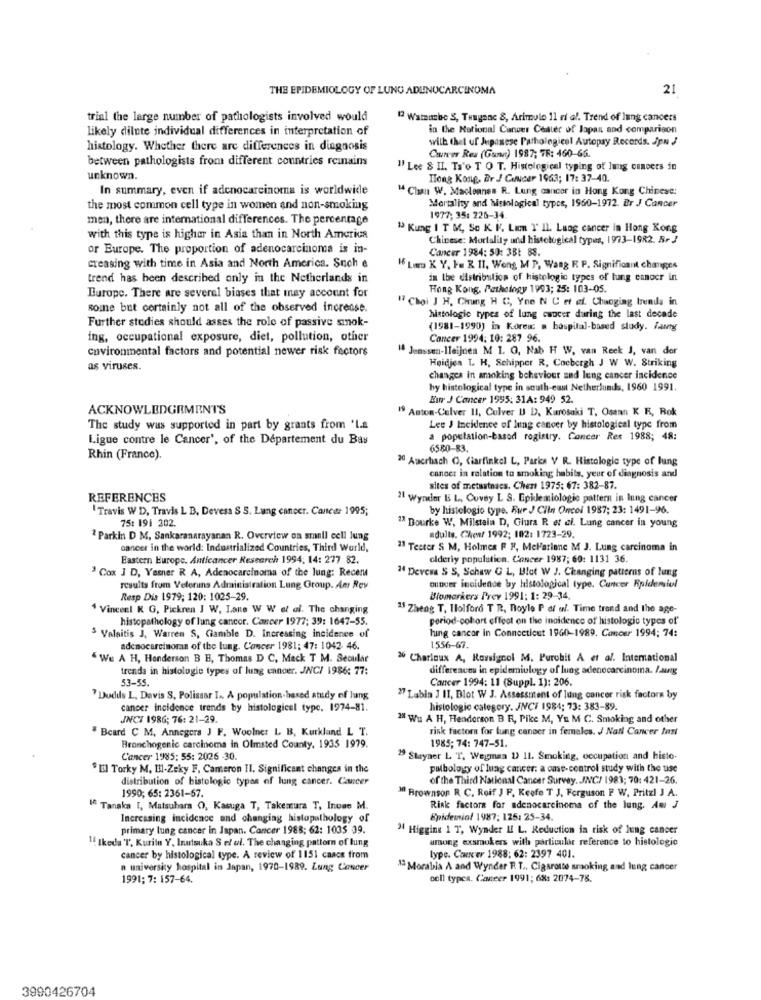
THE EPIDEMIOLOGY OF LUNG ADENOCARCINOMA
21
trial the large number of pathologists involved would
" Watsushe S, THaganc 8, Arimulo 11 ei af. Trend of lung cancers
likely dilute individual differences in interpretation of
in the National Cancer Center of Japan and comparison
with that uf Japanese Pathological Autopay Records. Jpn J
histology. Whether there are differences in diagnosis
between pathologists from different countries remains
Carver Res (Gummi) 1987; TR: 460-66.
" Lee 8 II. Ts'o T O T. Histological typing of lung canoets in
unknown.
Hong Kong. Br J Concer 1963; 17: 37-40.
In summary, even if adenocarcinoma is worldwide
" Chan W. Maclennes R. Lung cancer in Hong Kong Chinese:
Mortality and histological types, 1960-1972. Br J Cancer
the most common cell type in women and non-smoking
men, there are international differences. The percentage
1977; 35: 226-34.
" Kung I T M, So K. I. Lam I' Il. Lung cancer in Hong Kong
with this type is higher in Asia than in North America
Chinese: Mortality und histological types, 1973-1982. R. J
or Europe. The proportion of adenocarcinoma is in-
Cancer 1984: 50: 3B1 88.
creasing with time in Asia and North America. Such e
16 La K Y. I. R II. Weng M P, Wang R P. Significant changes
trend has been described only in the Netherlands in
in the distribution of histologic types of tung esnocr in
Hong Kong, Pathology 1993; 25: 103-05.
Europe. There are several biases that may account for
" Choi J H. Chung H C, Yno N C et ef. Changing trends in
some but certainly not all of the observed increase.
Further studies should asses the role of passive smok-
histologic types of lung cancer during the last decade
(1981-1990) in Korea: @ bospital-based study. Fanty
ing, occupational exposure, diet, pollution, other
Cancer 1994: 10: 287 96.
covironmental factors and potential newer risk factors
14 Jenssen-1Teijnes M 1. O, Nab H W, van Reek J, van der
Heidjen L H, Schipper R, Cocbergh J W W. Striking
as viruses.
changes in smoking behaviour and lung cancer incidence
hy histological type in south-east Netherlands, 1960 1991.
Eur J Concer 1995: 31A: 949 52.
ACKNOWLEDGEMENTS
19 Anton-Culver II, Culver U D. Kurosaki T, Osann K R, Rok
The study was supported in part by grants from 'L.a
Lee J Incidence of lung cancer by histological type from
Ligue contre le Cancer', of the Département du Bas
a population-based rogistry. Concer Res 1988; 48:
6580-83.
Rhin (France).
30 Auerbach O, Ciarfinkel L, Parks V R. Histologie type of lung
cancer in ralation to smoking habits, yeur of diagnosis and
sites of metastnaes. Chess 1975: 67: 382-87.
REFERENCES
21 Wynder B L, Covey L S. Epklemiologic pattern in lung cancer
"Travis W D, Travis L B, Devesa S S. Lung cancer. Caned: 1995;
by histologio type. Eur J Ciln Oncol 1987; 23: 1491-96.
75: 191 202.
3ª Bourke W, Milstein D, Giura R et al. Lung cancer in young
2 Parkin D M. Sankaranarayanan R. Overview on small cell lung
adults. Chent 1992; 102: 1723-29.
cancer in the world: Industrialized Countries, Third World,
13 Tester S M, Holmes F F, Mel'ariane M J. Lung carcinoma in
Eastern Europe. Anticancer Research 1994; 14: 277 82.
elderly population. Concer 1987; 60: 1131 36.
" Devesa S S, Schaw G L, Blot W J. Changing patterns of lung
' Cox J D, Wasner R A, Adenocarcinoma of the lung: Recer
results from Veterans Administration Lung Group. Am Rev
onover incidence by histological type. Cancer Epidemiol
Resp Dis 1979; 120: 1025-29.
Biomarkers Prev 1991: 1: 29-34.
4 Vincent K G, Pickren J W. Lane W W et al. The changing
15 Zheng T. Holford T R, noyle P df w/. Time trond and the age-
histopathology of lung cancer. Cancer 1977; 39: 1647-55.
period-cohort effect on the incidence of histologic types of"
lung cancer in Connecticut 1960-1989. Cancer 1994; 74:
3 Valaitis J. Warren S, Gamble D. Increasing incidence of
adenocarcinoma of the lung. Concer 1981: 47: 1042- 46.
1556-67.
" We A H, Henderson B E, Thomas D C, Meck T M. Secular
26 Charinux A, Rovsignol M. Purobit A et al. International
trends in histologie types of lung cancer. JNC/ 1986: 77:
differences in epidemiology of lung adenocarcinoma. Laaneg
53-55.
Cancer 1994: 11 (Suppl. 1): 206.
Dudds L. Davis S. Polissar I .. A population-based study of lung
27 Labin J II, Blot W J. Assessment of lung cancer risk factors by
cancer incidence trends by histologicel type, 1974-81.
histologic category. JNCI 1984; 73: 383-89.
JNCI 1986; 76: 21-29.
2% Wu A H, Henderson B R, Pike M, YE M C. Smoking and other
# Beard C M, Annegers J F. Woolner L B, Kurkland L T.
risk factors for lung cancer in females. J Natl Cancer Insi
1985; 74: 747-51.
Bronchogenic carcinoma in Olmsted County, 1933 1979.
Cancer 1985: 55: 2026 -30.
29 Stayner L T. Wegman D) 11. Smoking, occupation and histo-
"Il Torky M, Ill-Zeky F. Cameron II. Significant changes in the
pulbology of luag cancer: a onse-control study with the use
distribution of bistologic types of lung cancer. Cancer
of the Third National Cancer Survey. JNC/ 1983; 70: 421-26.
1990; 65: 2361-57.
Mf Brownson R. C. Roif J F. Keefe T J. Ferguson F W, Pritzl J A.
If Tanaka [, Matsubara O), Kasuga T, Takemura T, Inone M.
Risk factors for adenocarcinoma of the lung. Am J
Increasing incidence and changing histopathology of
Epidemiol 1987; 125: 25-34
primary lung cancer in Japan. Cancer 1988; 62: 1035 39.
34 Higgins 1 T, Wynder II L. Reduction in risk of lung cancer
among exsmokers with particular reference to histologic
!! Ikeda T, Kurite Y, Inutsuka S et al. The changing pattern of lung
cancer by histological type. A review of 1151 caace from
type. Cancer 1988: 62: 2397 401.
a university hospital in Japan, 1970-1989. Lung Cancer
1ª Morabia A and Wynder R T ., Cigarette smoking and lung cancer
1991; 7: 157-64.
ocll typea. Caneer 1991; 68: 2074-78.
3990426704